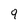
Character: 9